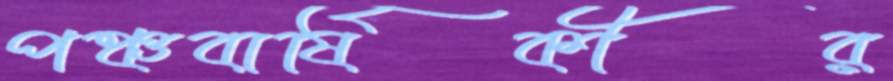
পঞ্চবার্ষিকীর